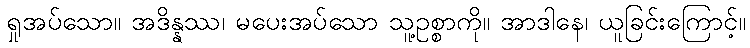
ရှုအပ်သော။ အဒိန္နဿ၊ မပေးအပ်သော သူ့ဥစ္စာကို။ အာဒါနေ၊ ယူခြင်းကြောင့်။